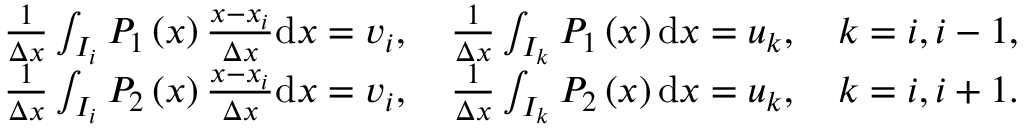
\begin{array} { r l } & { \frac { 1 } { \Delta x } \int _ { I _ { i } } P _ { 1 } \left( x \right) \frac { x - x _ { i } } { \Delta x } \mathrm { d } x = v _ { i } , \quad \frac { 1 } { \Delta x } \int _ { I _ { k } } P _ { 1 } \left( x \right) \mathrm { d } x = u _ { k } , \quad k = i , i - 1 , } \\ & { \frac { 1 } { \Delta x } \int _ { I _ { i } } P _ { 2 } \left( x \right) \frac { x - x _ { i } } { \Delta x } \mathrm { d } x = v _ { i } , \quad \frac { 1 } { \Delta x } \int _ { I _ { k } } P _ { 2 } \left( x \right) \mathrm { d } x = u _ { k } , \quad k = i , i + 1 . } \end{array}